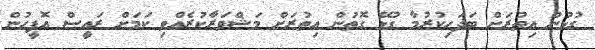
ގުޅުން އިތުރަށް ބަދަހިކުރުމާ ގުޅޭ ގޮތުން އިތުރަށް މަޝްވަރާކުރެއްވި ކަމަށް ރައީސް އޮފީހުން